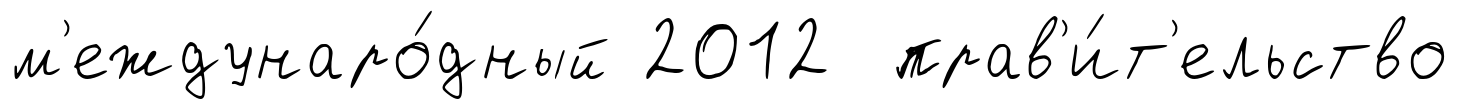
м'еждунаро́дный 2012 прав'и́т'ельство